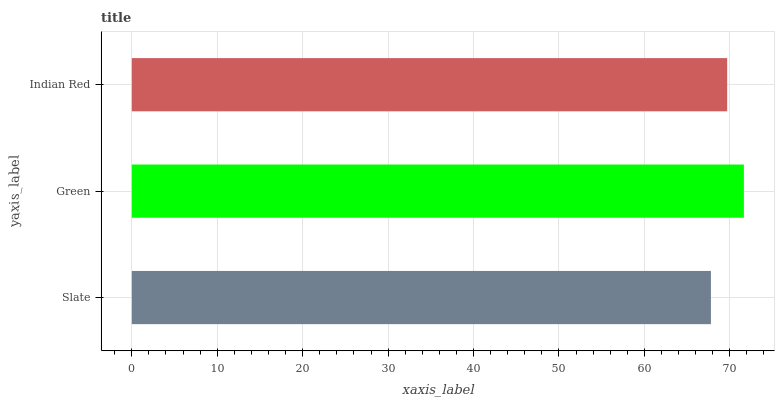
| yaxis_label | bars |
 | --- | --- |
 | Slate | 67.8 |
 | Green | 71.6 |
 | Indian Red | 69.7 |